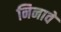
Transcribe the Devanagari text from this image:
निनावे